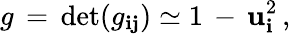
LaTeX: g\, =\, \operatorname*{det}(g_{\mathbf{i}\mathbf{j}})\simeq1\, -\, {\mathbf{u}}_{\mathbf{i}}^{2}\, {,}